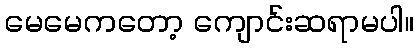
မေမေကတော့ ကျောင်းဆရာမပါ။